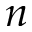
n